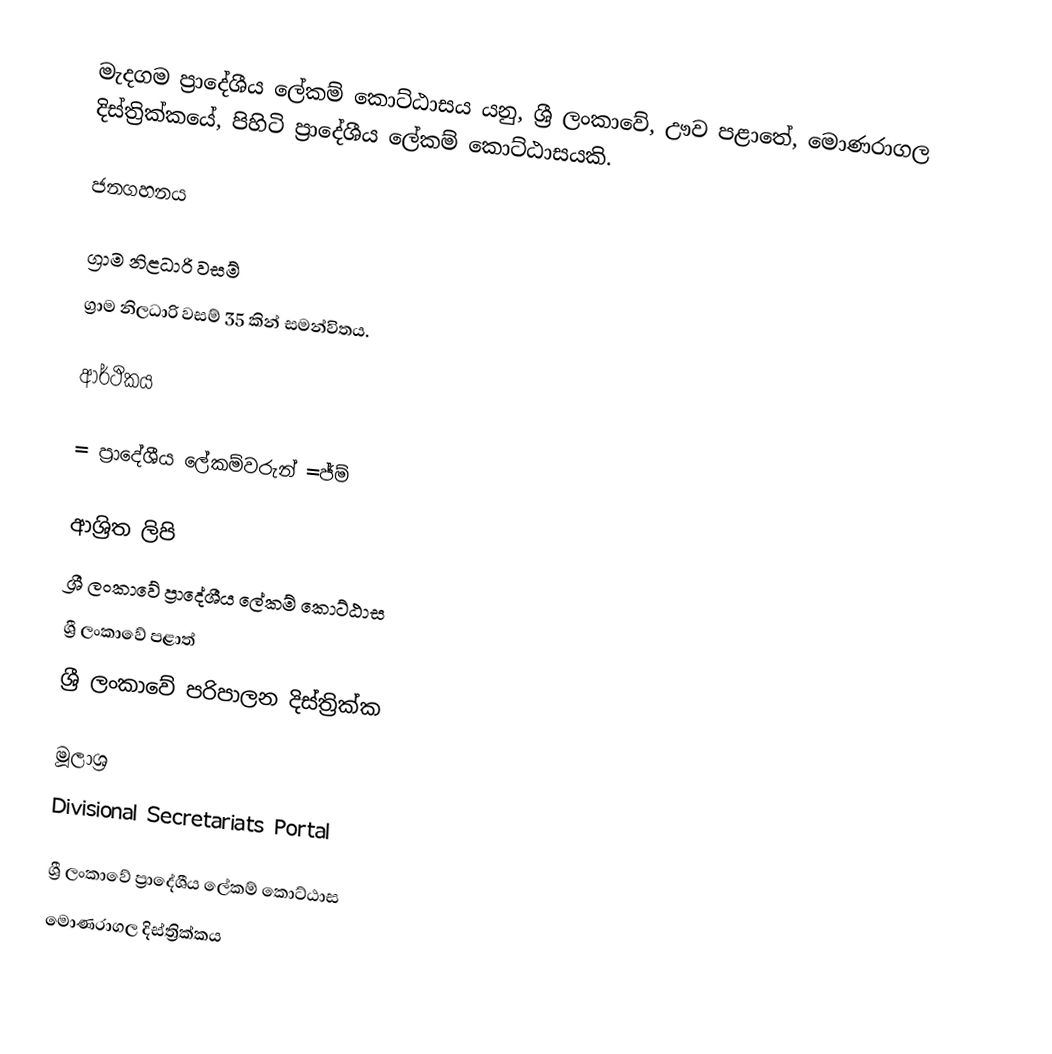
මැදගම ප්‍රාදේශීය ලේකම් කොට්ඨාසය යනු,  ශ්‍රී ලංකාවේ, ඌව පළාතේ,   මොණරාගල දිස්ත්‍රික්කයේ, පිහිටි ප්‍රාදේශීය ලේකම් කොට්ඨාසයකි.

ජනගහනය

ග්‍රාම නිළධාරි වසම්
ග්‍රාම නිලධාරි වසම් 35 කින් සමන්විතය.

ආර්ථිකය

= ප්‍රාදේශීය ලේකම්වරුන් =ජ්ම්

ආශ්‍රිත ලිපි
ශ්‍රී ලංකාවේ ප්‍රාදේශීය ලේකම් කොට්ඨාස
ශ්‍රී ලංකාවේ පළාත්
ශ්‍රී ලංකාවේ පරිපාලන දිස්ත්‍රික්ක

මූලාශ්‍ර
 Divisional Secretariats Portal

ශ්‍රී ලංකාවේ ප්‍රාදේශීය ලේකම් කොට්ඨාස
මොණරාගල දිස්ත්‍රික්කය